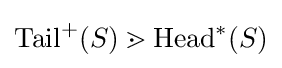
\mathrm {Tail} ^{+}(S)\gtrdot \mathrm {Head} ^{*}(S)